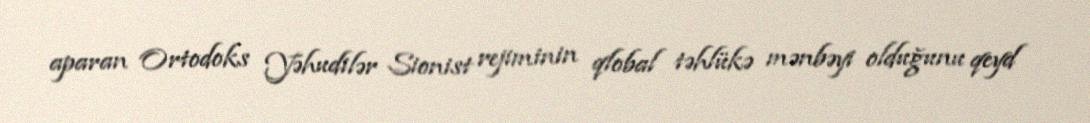
aparan Ortodoks Yəhudilər Sionist rejiminin qlobal təhlükə mənbəyi olduğunu qeyd